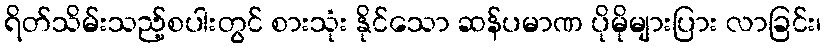
ရိတ်သိမ်းသည့်စပါးတွင် စားသုံး နိုင်သော ဆန်ပမာဏ ပိုမိုများပြား လာခြင်း၊